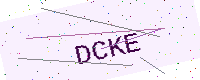
Text: DCKE